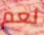
نعم